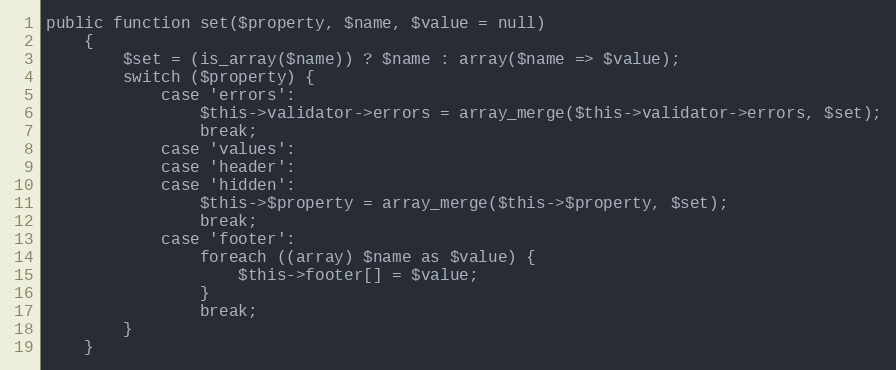
Language: PHP
public function set($property, $name, $value = null)
    {
        $set = (is_array($name)) ? $name : array($name => $value);
        switch ($property) {
            case 'errors':
                $this->validator->errors = array_merge($this->validator->errors, $set);
                break;
            case 'values':
            case 'header':
            case 'hidden':
                $this->$property = array_merge($this->$property, $set);
                break;
            case 'footer':
                foreach ((array) $name as $value) {
                    $this->footer[] = $value;
                }
                break;
        }
    }